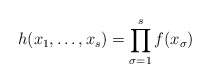
\begin{align*}h(x_1, \ldots, x_s) = \prod_{\sigma = 1}^s f(x_{\sigma})\end{align*}